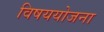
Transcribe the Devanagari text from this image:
विषययोजना